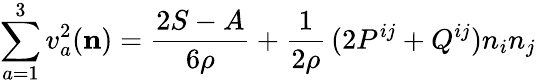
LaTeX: \sum_{a=1}^{3}v_{a}^{2}({\mathbf{n}})=\frac{2S-A}{6\rho}+\frac 1{2\rho}\, (2P^{ij}+Q^{ij})n_{i}n_{j}